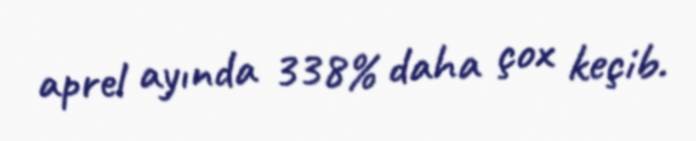
aprel ayında 338% daha çox keçib.